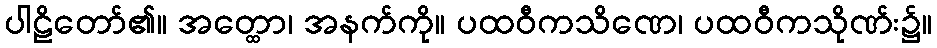
ပါဠိတော်၏။ အတ္ထော၊ အနက်ကို။ ပထဝီကသိဏေ၊ ပထဝီကသိုဏ်း၌။